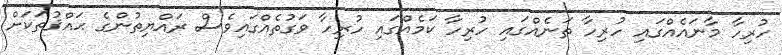
ހުރިހާ މާނައެއްގައި ހުރިހާ ތަނެއްގައި ހުރިހާ ކަމެއްގައި ހުރިހާ ވަގުތެއްގައިވެސް ރައްޔިތުންގެ ޙައްޤުތަކަށް